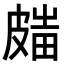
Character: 𥀋